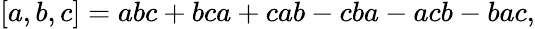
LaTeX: \left[a,b,c\right]=abc+bca+cab-cba-acb-bac,